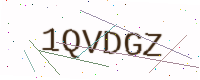
Text: 1QVDGZ